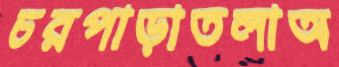
চরপাড়াতলাঅ